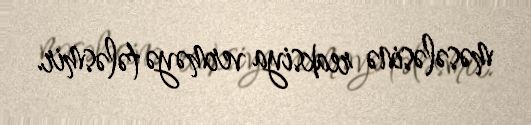
məsələsinə reaksiya verməyə tələsmir.